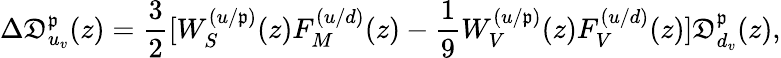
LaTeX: \Delta\mathfrak{D}_{u_{v}}^{\mathfrak{p}}(z)=\frac{3}{2}[W_{S}^{(u/\mathfrak{p})}(z)F_{M}^{(u/d)}(z)-\frac{{1}}{{9}}W_{V}^{(u/\mathfrak{p})}(z)F_{V}^{(u/d)}(z)]\mathfrak{D}_{d_{v}}^{\mathfrak{p}}(z),